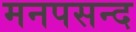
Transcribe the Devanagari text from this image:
मनपसन्द